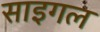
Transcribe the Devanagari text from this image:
साइगल